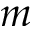
m